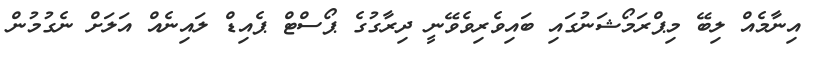
އިނާމެއް ލިބޭ މިޕްރަމޯޝަނުގައި ބައިވެރިވެވޭނީ ދިރާގުގެ ޕޯސްޓް ޕެއިޑް ލައިނެއް އަލަށް ނެގުމުން